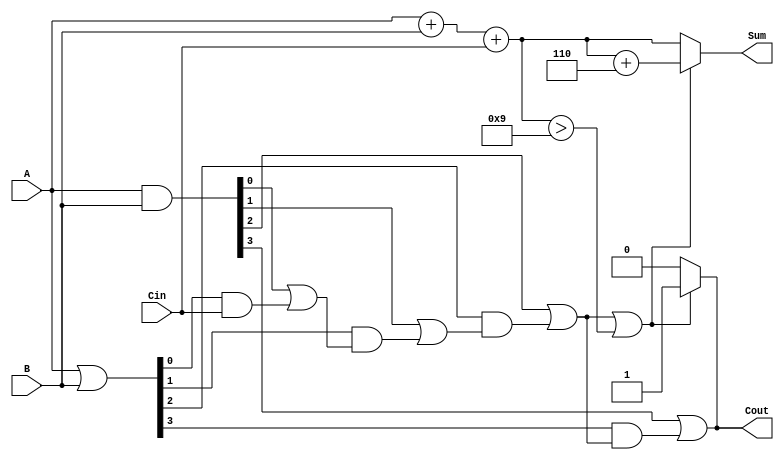
module BCD_Carry_Lookahead_Adder (
    input [3:0] A,      // 4-bit BCD input A
    input [3:0] B,      // 4-bit BCD input B
    input Cin,          // 1-bit carry input
    output reg [3:0] Sum, // 4-bit BCD output
    output reg Cout       // 1-bit carry output
);

    // Intermediate signals
    wire [4:0] S;       // 5 bits to accommodate carry
    wire [3:0] G;       // Generate signals
    wire [3:0] P;       // Propagate signals
    wire C1, C2, C3;    // Carry signals

    // Sum calculation
    assign S = A + B + Cin;

    // Generate and propagate signals
    assign G = A & B;    // Generate signals
    assign P = A | B;    // Propagate signals

    // Carry lookahead logic
    assign C1 = G[0] | (P[0] & Cin);
    assign C2 = G[1] | (P[1] & C1);
    assign C3 = G[2] | (P[2] & C2);
    assign Cout = G[3] | (P[3] & C3);

    // BCD correction logic
    always @(*) begin
        if (C3 || S[3:0] > 4'd9) begin
            Sum = S[3:0] + 4'd6; // Correct by adding 6
            Cout = 1;            // Set carry out
        end else begin
            Sum = S[3:0];        // No correction needed
            Cout = 0;            // No carry out
        end
    end

endmodule